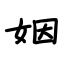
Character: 姻